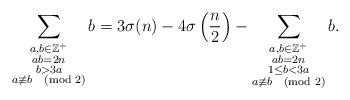
LaTeX: \begin{align*}\sum_{\substack{a,b\in \mathbb{Z}^+\\ab=2n\\b> 3a\\a\not\equiv b \pmod{2}}} b= 3\sigma(n)-4\sigma\left(\frac{n}{2}\right)-\sum_{\substack{ a,b\in\mathbb{Z}^+\\ ab=2n\\ 1\leq b< 3a\\ a\not\equiv b \pmod{2}}} b.\end{align*}